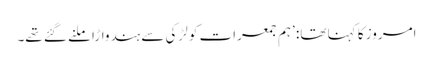
امروز کا کہنا تھا: ’ہم جمعرات کو لڑکی سے ہندواڑا ملنے گئے تھے۔